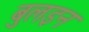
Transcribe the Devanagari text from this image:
बुलइन